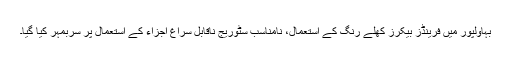
بہاولپور میں فرینڈز بیکرز کھلے رنگ کے استعمال، نامناسب سٹوریج ناقابل سراغ اجزاء کے استعمال پر سربمہر کیا گیا۔